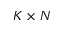
K \times N